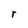
Character: r